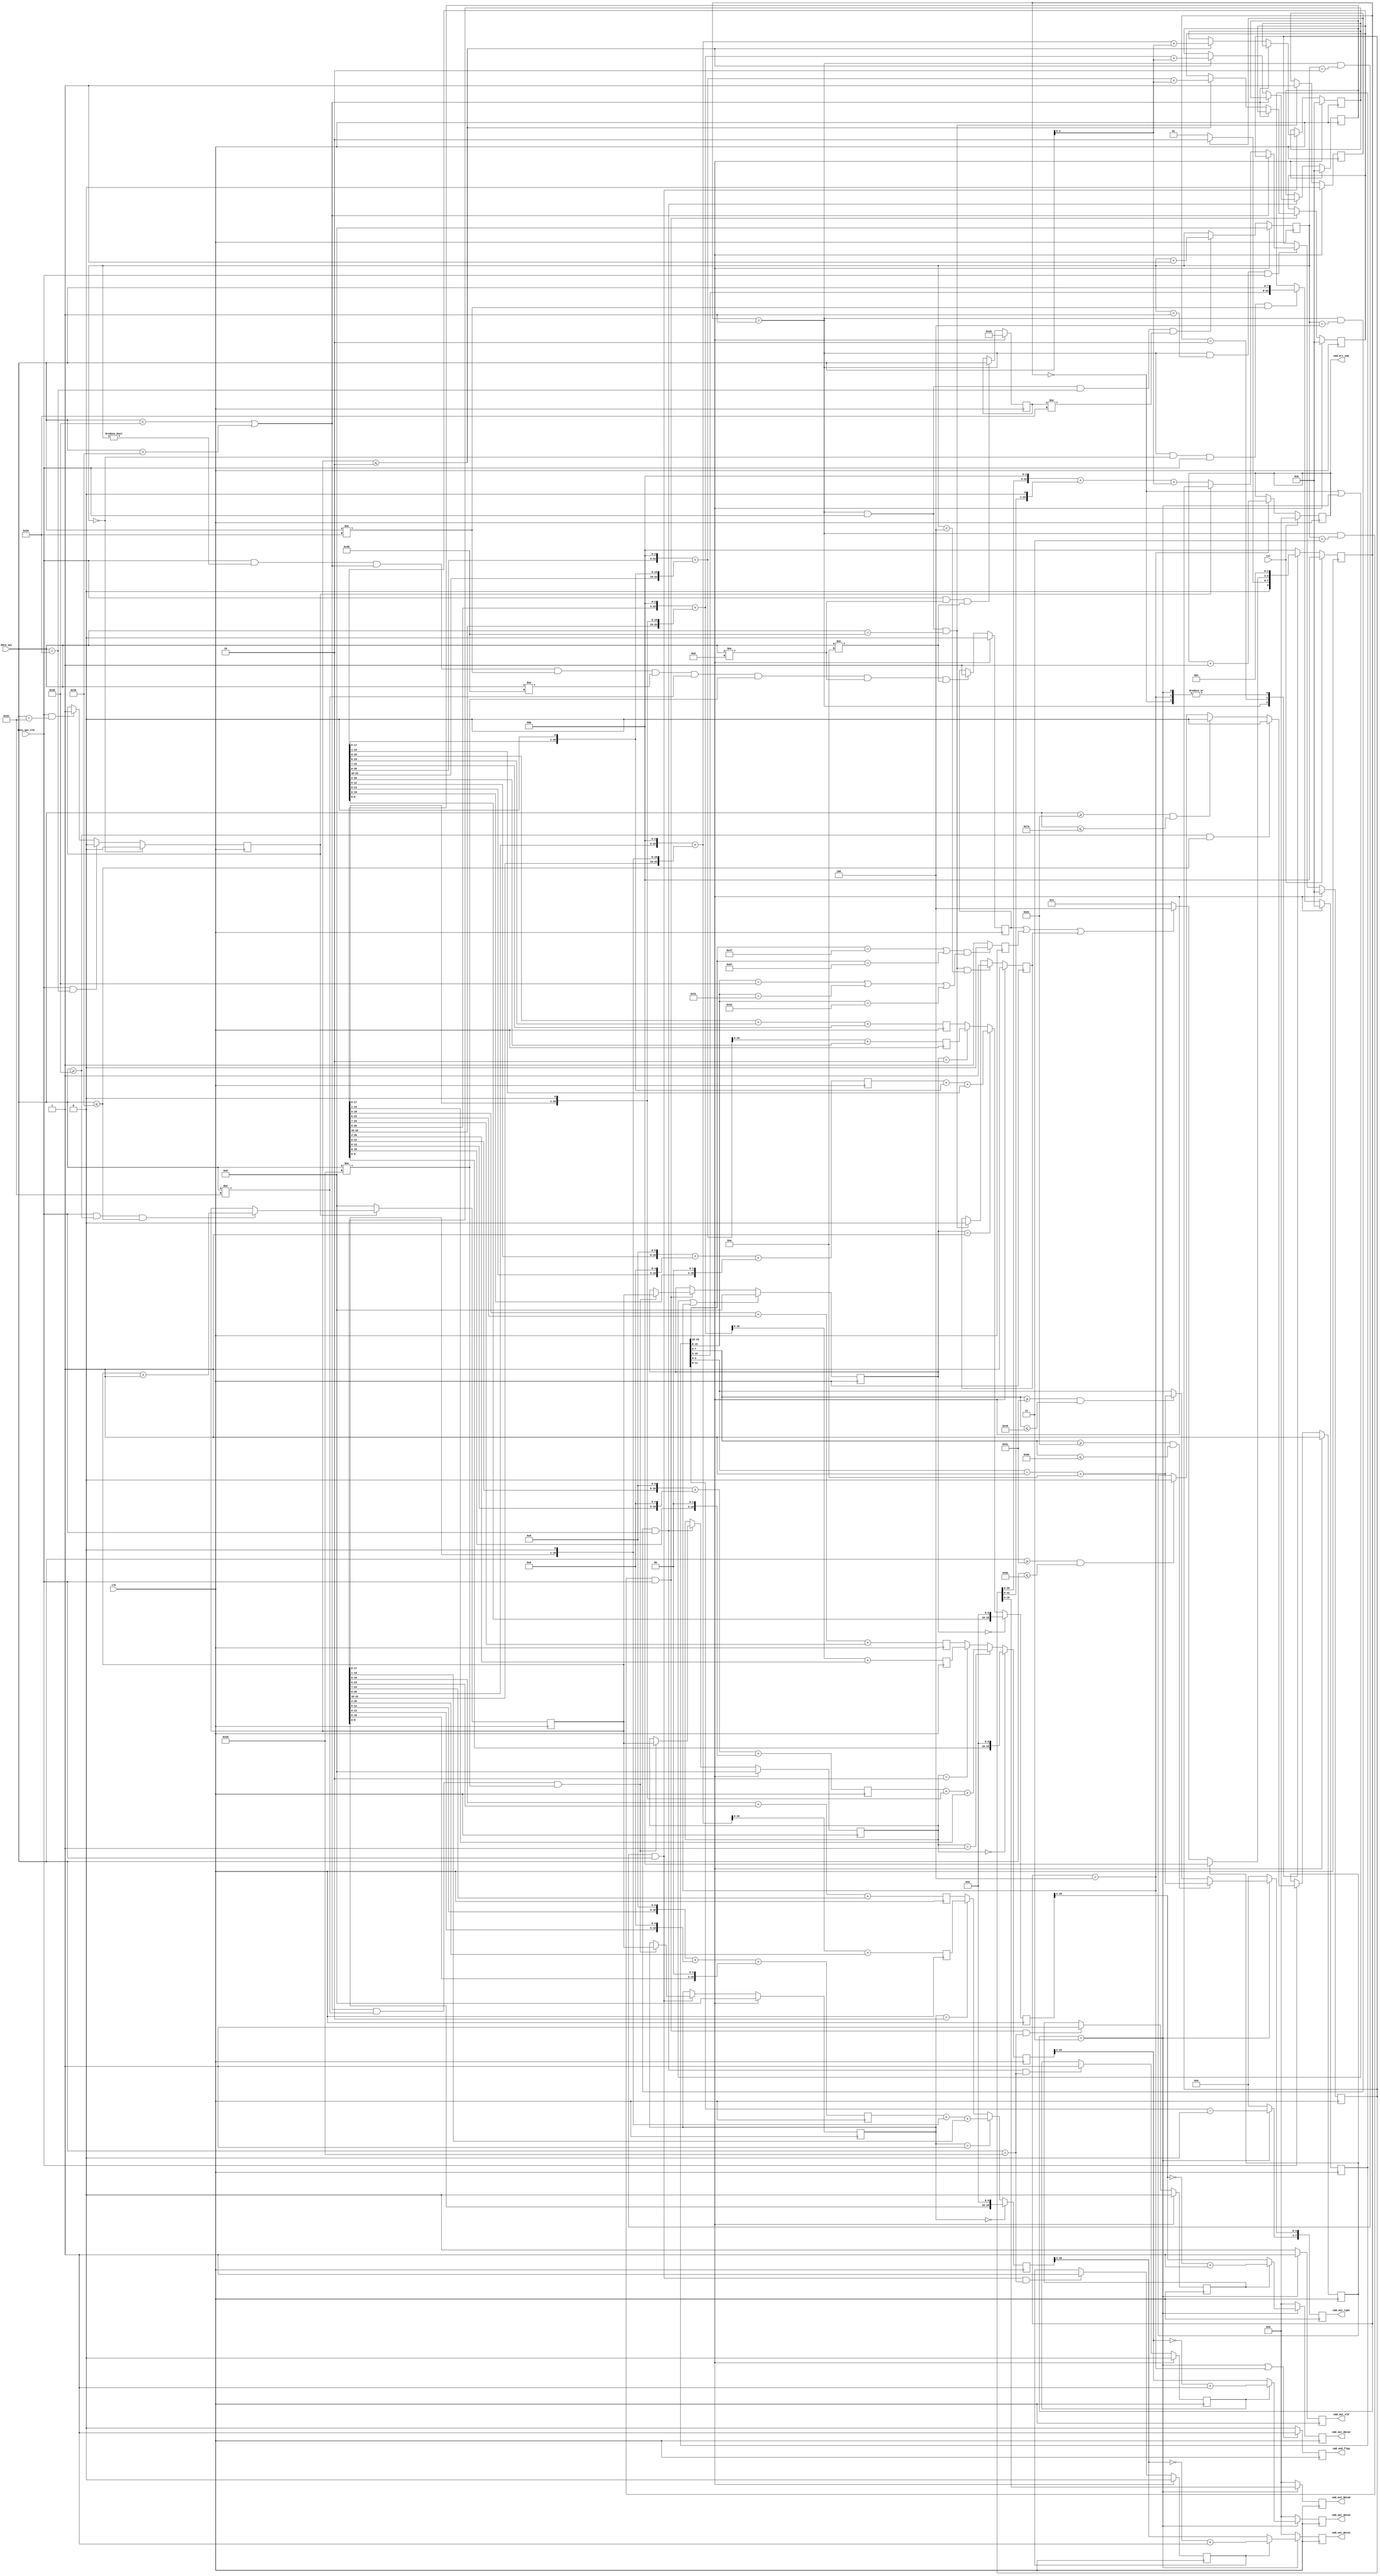
`timescale 1ns / 1ps
//////////////////////////////////////////////////////////////////////////////////
// Module Name: gcode_analysis
// Project Name: caotai_v1_0
// Description: 
//   1.Suport G-CODE type: G0X, G1X, G2X.
// 
// Revision:
// Revision 0.01 - File Created, 2023/10/26 19:29:20
// 
//////////////////////////////////////////////////////////////////////////////////


module gcode_analysis
#(
  parameter                           WID_8          =   8 ,
  parameter                           WID_16         =  16
)
(
  input                               clk                  ,
  input                               rst                  ,
  input      [WID_8             -1:0] data_spi             ,
  input                               data_spi_vld         ,
  // cmd out
  output reg [WID_16            -1:0] cmd_err_num    = 'd0 ,
  output reg                          cmd_end_flag   = 'd0 ,
  output reg                          cmd_out_vld    = 'd0 ,
  output reg [WID_8             -1:0] cmd_out_type   = 'd0 ,
  output reg [WID_16            -1:0] cmd_out_data0  = 'd0 ,
  output reg [WID_16            -1:0] cmd_out_data1  = 'd0 ,
  output reg [WID_16            -1:0] cmd_out_data2  = 'd0 ,
  output reg [WID_16            -1:0] cmd_out_data3  = 'd0
);


localparam                            WID_24         =  24 ;
reg          [WID_8             -1:0] space_cnt      = 'd0 ;
reg          [WID_8             -1:0] data_spi_s0    = 'd0 ; // last data_spi
reg                                   dot_enable     = 'd0 ;
reg          [WID_8             -1:0] dot_cnt        = 'd0 ;
reg          [WID_24            -1:0] cmd_type       = 'd0 ; // 3byte ascii
reg          [WID_24            -1:0] cmd_data0      = 'd0 ; // =ori
reg          [WID_24            -1:0] cmd_data1      = 'd0 ; // =ori*10^(data1_dot)
reg          [WID_24            -1:0] cmd_data2      = 'd0 ;
reg          [WID_24            -1:0] cmd_data3      = 'd0 ;
reg          [WID_24            -1:0] cmd_data1_1024 = 'd0 ; // =ori*1024
reg          [WID_24            -1:0] cmd_data2_1024 = 'd0 ;
reg          [WID_24            -1:0] cmd_data3_1024 = 'd0 ;

reg          [WID_24            -1:0] data1_1_024    = 'd0 ; // =ori*1.024
reg          [WID_24            -1:0] data2_1_024    = 'd0 ;
reg          [WID_24            -1:0] data3_1_024    = 'd0 ;
reg          [WID_24            -1:0] data1_10_24    = 'd0 ; // =ori*1.024
reg          [WID_24            -1:0] data2_10_24    = 'd0 ;
reg          [WID_24            -1:0] data3_10_24    = 'd0 ;
reg          [WID_24            -1:0] data1_100      = 'd0 ; // =ori*1.024
reg          [WID_24            -1:0] data2_100      = 'd0 ;
reg          [WID_24            -1:0] data3_100      = 'd0 ;


reg          [WID_8             -1:0] data1_dot      = 'd0 ;
reg          [WID_8             -1:0] data2_dot      = 'd0 ;
reg          [WID_8             -1:0] data3_dot      = 'd0 ;
reg                                   data1_sign     = 'd0 ;
reg                                   data2_sign     = 'd0 ;
reg                                   data3_sign     = 'd0 ;
reg                                   semi_flag      = 'd0 ;
reg                                   innocent       = 'd0 ;
reg                                   cmd_type_err   = 'd0 ;
reg                                   cmd_char_err   = 'd0 ; // illegal characters
reg                                   cmd_end_err    = 'd0 ; // wrong of ";"
// FSM
localparam                            STATE_W        =   3 ;
reg          [STATE_W           -1:0] curr_state     = 'd0 ;
reg          [STATE_W           -1:0] next_state     = 'd0 ;
localparam                            IDLE           =   0 ;
localparam                            RECV           =   1 ;
localparam                            CHECK          =   2 ;
localparam                            SUCCESS        =   3 ;
localparam                            FAIL           =   4 ;


//******************************************************************
//************************** output data ***************************
//******************************************************************
always @(posedge clk)
begin
  if (rst)
  begin
    cmd_err_num <= 'd0;
  end
  else if (curr_state==FAIL)
  begin
    cmd_err_num <= cmd_err_num + 'd1;
  end
  else
  begin
    cmd_err_num <= cmd_err_num;
  end
end

always @(posedge clk)
begin
  cmd_end_flag <= ((curr_state==SUCCESS) || (curr_state==FAIL)) ? 'd1 : 'd0;
end

always @(posedge clk)
begin
  if (curr_state==SUCCESS)
  begin
    cmd_out_vld <= 'd1;
    cmd_out_type[7:4] <= cmd_type[15: 8] - "0";
    if (cmd_type[7:0]>="a" && cmd_type[7:0]<="f")
    begin
      cmd_out_type[3:0] <= cmd_type[7:0] - "a" + 'd10;
    end
    else if (cmd_type[7:0]>="A" && cmd_type[7:0]<="F")
    begin
      cmd_out_type[3:0] <= cmd_type[7:0] - "A" + 'd10;
    end
    else
    begin
      cmd_out_type[3:0] <= cmd_type[3:0];
    end
    cmd_out_data0 <= cmd_data0[15:0];
    cmd_out_data1 <= data1_sign ? (~cmd_data1_1024[18:3]+'d1) : cmd_data1_1024[18:3];
    cmd_out_data2 <= data2_sign ? (~cmd_data2_1024[18:3]+'d1) : cmd_data2_1024[18:3];
    cmd_out_data3 <= data3_sign ? (~cmd_data3_1024[18:3]+'d1) : cmd_data3_1024[18:3];
  end
  else
  begin
    cmd_out_vld <= 'd0;
    cmd_out_type <= 'd0;
    cmd_out_data0 <= 'd0;
    cmd_out_data1 <= 'd0;
    cmd_out_data2 <= 'd0;
    cmd_out_data3 <= 'd0;
  end
end

always @(posedge clk)
begin
  if (data1_dot=='d0)
  begin
    cmd_data1_1024 <= {cmd_data1,10'b0};
  end
  else if (data1_dot=='d1)
  begin
    cmd_data1_1024 <= data1_100 + {cmd_data1,1'b0} + cmd_data1[WID_24-1:1];
  end
  else if (data1_dot=='d2)
  begin
    cmd_data1_1024 <= data1_10_24;
  end
  else
  begin
    cmd_data1_1024 <= data1_1_024;
  end
end

always @(posedge clk)
begin
  if (data2_dot=='d0)
  begin
    cmd_data2_1024 <= {cmd_data2,10'b0};
  end
  else if (data2_dot=='d1)
  begin
    cmd_data2_1024 <= data2_100 + {cmd_data2,1'b0} + cmd_data2[WID_24-1:1];
  end
  else if (data2_dot=='d2)
  begin
    cmd_data2_1024 <= data2_10_24;
  end
  else
  begin
    cmd_data2_1024 <= data2_1_024;
  end
end

always @(posedge clk)
begin
  if (data3_dot=='d0)
  begin
    cmd_data3_1024 <= {cmd_data3,10'b0}; // *1024
  end
  else if (data3_dot=='d1)
  begin
    cmd_data3_1024 <= data3_100 + {cmd_data3,1'b0} + cmd_data3[WID_24-1:1]; // *102.5
  end
  else if (data3_dot=='d2)
  begin
    cmd_data3_1024 <= data3_10_24; // *10.25
  end
  else
  begin
    cmd_data3_1024 <= data3_1_024; // *1.0234375
  end
end

always @(posedge clk)
begin
  data1_1_024 <= cmd_data1 + cmd_data1[WID_24-1:6] + cmd_data1[WID_24-1:7];
  data2_1_024 <= cmd_data2 + cmd_data2[WID_24-1:6] + cmd_data2[WID_24-1:7];
  data3_1_024 <= cmd_data3 + cmd_data3[WID_24-1:6] + cmd_data3[WID_24-1:7];
  data1_10_24 <= {cmd_data1, 3'b0} + {cmd_data1,1'b0} + cmd_data1[WID_24-1:2];
  data2_10_24 <= {cmd_data2, 3'b0} + {cmd_data2,1'b0} + cmd_data2[WID_24-1:2];
  data3_10_24 <= {cmd_data3, 3'b0} + {cmd_data3,1'b0} + cmd_data3[WID_24-1:2];
  data1_100   <= {cmd_data1, 6'b0} + {cmd_data1,5'b0} + {cmd_data1,2'b0};
  data2_100   <= {cmd_data2, 6'b0} + {cmd_data2,5'b0} + {cmd_data2,2'b0};
  data3_100   <= {cmd_data3, 6'b0} + {cmd_data3,5'b0} + {cmd_data3,2'b0};
end

//******************************************************************
//************************** input cache ***************************
//******************************************************************
always @(posedge clk)
begin
  if ((curr_state==IDLE) || (curr_state==SUCCESS) || (curr_state==FAIL))
  begin
    semi_flag <= 'd0;
  end
  else if ((curr_state==RECV) && (data_spi_vld=='d1) && (data_spi==";"))
  begin
    semi_flag <= 'd1;
  end
  else
  begin
    semi_flag <= semi_flag;
  end
end

always @(posedge clk)
begin
  if ((curr_state==IDLE) || (curr_state==SUCCESS) || (curr_state==FAIL))
  begin
    innocent <= 'd1;
  end
  else if (data_spi_vld=='d1)
  begin
    if ((data_spi>="0") && (data_spi<="9"))
    begin
      innocent <= 'd0;
    end
    else if ((data_spi>="a") && (data_spi<="z"))
    begin
      innocent <= 'd0;
    end
    else if ((data_spi>="A") && (data_spi<="Z"))
    begin
      innocent <= 'd0;
    end
    else
    begin
      innocent <= innocent;
    end
  end
  else
  begin
    innocent <= innocent;
  end
end

always @(posedge clk)
begin
  if (((cmd_type[23:16]=="G") || (cmd_type[23:16]=="g")) &&
      ((cmd_type[15: 8]=="0") || (cmd_type[15: 8]=="1") || (cmd_type[15: 8]=="2")))
  begin
    cmd_type_err <= 'd0;
  end
  else
  begin
    cmd_type_err <= 'd1;
  end
end

always @(posedge clk)
begin
  if ((curr_state==IDLE) || (curr_state==SUCCESS) || (curr_state==FAIL))
  begin
    cmd_char_err <= 'd0;
  end
  else if ((data_spi_vld=='d1) && (space_cnt!='d0) && ((data_spi<"0") || (data_spi>"9")) &&
           (data_spi!=" ") && (data_spi!=";") && (data_spi!=".") && (data_spi!="-") && (data_spi!=8'h0d) && (data_spi!=8'h0a))
  begin
    cmd_char_err <= 'd1;
  end
  else
  begin
    cmd_char_err <= cmd_char_err;
  end
end

always @(posedge clk)
begin
  if ((curr_state==IDLE) || (curr_state==SUCCESS) || (curr_state==FAIL))
  begin
    cmd_end_err <= 'd1;
  end
  else if ((curr_state==RECV) && (data_spi_vld=='d1) && (data_spi==";") && (space_cnt<4))
  begin
    cmd_end_err <= 'd1;
  end
  else if ((curr_state==RECV) && (data_spi_vld=='d1) && (data_spi==";"))
  begin
    cmd_end_err <= 'd0;
  end
  else
  begin
    cmd_end_err <= cmd_end_err;
  end
end

always @(posedge clk)
begin
  if ((curr_state==IDLE) || (curr_state==SUCCESS) || (curr_state==FAIL))
  begin
    cmd_type <= 'd0;
  end
  else if ((curr_state==RECV) && (space_cnt=='d0) && (data_spi_vld=='d1) && (data_spi!=" "))
  begin
    cmd_type <= {cmd_type[WID_24-WID_8-1:0], data_spi};
  end
  else
  begin
    cmd_type <= cmd_type;
  end
end

always @(posedge clk)
begin
  if ((curr_state==IDLE) || (curr_state==SUCCESS) || (curr_state==FAIL))
  begin
    cmd_data0 <= 'd0;
  end
  else if ((curr_state==RECV) && (space_cnt=='d1) && (data_spi_vld=='d1))
  begin
    if ((data_spi<"0") || (data_spi>"9"))
    begin
      cmd_data0 <=  cmd_data0;
    end
    else if (dot_enable=='d0)
    begin
      cmd_data0 <= {cmd_data0,3'b0} + {cmd_data0,1'b0} + data_spi[3:0];
    end
    else
    begin
      cmd_data0 <=  cmd_data0;
    end
  end
  else
  begin
    cmd_data0 <= cmd_data0;
  end
end

always @(posedge clk)
begin
  if ((curr_state==IDLE) || (curr_state==SUCCESS) || (curr_state==FAIL))
  begin
    cmd_data1 <= 'd0;
  end
  else if ((curr_state==RECV) && (space_cnt=='d2) && (data_spi_vld=='d1))
  begin
    if ((data_spi<"0") || (data_spi>"9"))
    begin
      cmd_data1 <=  cmd_data1;
    end
    else if (dot_cnt<='d2) // 0,1,2
    begin
      cmd_data1 <= {cmd_data1,3'b0} + {cmd_data1,1'b0} + data_spi[3:0];
    end
    else
    begin
      cmd_data1 <=  cmd_data1;
    end
  end
  else
  begin
    cmd_data1 <= cmd_data1;
  end
end

always @(posedge clk)
begin
  if ((curr_state==IDLE) || (curr_state==SUCCESS) || (curr_state==FAIL))
  begin
    cmd_data2 <= 'd0;
  end
  else if ((curr_state==RECV) && (space_cnt=='d3) && (data_spi_vld=='d1))
  begin
    if ((data_spi<"0") || (data_spi>"9"))
    begin
      cmd_data2 <=  cmd_data2;
    end
    else if (dot_cnt<='d2) // 0,1,2
    begin
      cmd_data2 <= {cmd_data2,3'b0} + {cmd_data2,1'b0} + data_spi[3:0];
    end
    else
    begin
      cmd_data2 <=  cmd_data2;
    end
  end
  else
  begin
    cmd_data2 <= cmd_data2;
  end
end

always @(posedge clk)
begin
  if ((curr_state==IDLE) || (curr_state==SUCCESS) || (curr_state==FAIL))
  begin
    cmd_data3 <= 'd0;
  end
  else if ((curr_state==RECV) && (space_cnt=='d4) && (data_spi_vld=='d1))
  begin
    if ((data_spi<"0") || (data_spi>"9"))
    begin
      cmd_data3 <=  cmd_data3;
    end
    else if (dot_cnt<='d2) // 0,1,2
    begin
      cmd_data3 <= {cmd_data3,3'b0} + {cmd_data3,1'b0} + data_spi[3:0];
    end
    else
    begin
      cmd_data3 <=  cmd_data3;
    end
  end
  else
  begin
    cmd_data3 <= cmd_data3;
  end
end

always @(posedge clk)
begin
  if ((curr_state==IDLE) || (curr_state==SUCCESS) || (curr_state==FAIL))
  begin
    data1_dot <= 'd0;
  end
  else if ((curr_state==RECV) && (space_cnt=='d2) && (data_spi_vld=='d1))
  begin
    if (((data_spi<"0") || (data_spi>"9")) && (data_spi!=".") && (data_spi!="-"))
    begin
      data1_dot <= dot_cnt;
    end
    else
    begin
      data1_dot <= data1_dot;
    end
  end
  else
  begin
    data1_dot <= data1_dot;
  end
end

always @(posedge clk)
begin
  if ((curr_state==IDLE) || (curr_state==SUCCESS) || (curr_state==FAIL))
  begin
    data2_dot <= 'd0;
  end
  else if ((curr_state==RECV) && (space_cnt=='d3) && (data_spi_vld=='d1))
  begin
    if (((data_spi<"0") || (data_spi>"9")) && (data_spi!=".") && (data_spi!="-"))
    begin
      data2_dot <= dot_cnt;
    end
    else
    begin
      data2_dot <= data2_dot;
    end
  end
  else
  begin
    data2_dot <= data2_dot;
  end
end

always @(posedge clk)
begin
  if ((curr_state==IDLE) || (curr_state==SUCCESS) || (curr_state==FAIL))
  begin
    data3_dot <= 'd0;
  end
  else if ((curr_state==RECV) && (space_cnt=='d4) && (data_spi_vld=='d1))
  begin
    if (((data_spi<"0") || (data_spi>"9")) && (data_spi!=".") && (data_spi!="-"))
    begin
      data3_dot <= dot_cnt;
    end
    else
    begin
      data3_dot <= data3_dot;
    end
  end
  else
  begin
    data3_dot <= data3_dot;
  end
end

always @(posedge clk)
begin
  if ((curr_state==IDLE) || (curr_state==SUCCESS) || (curr_state==FAIL))
  begin
    data1_sign <= 'd0;
  end
  else if ((curr_state==RECV) && (space_cnt=='d2) && (data_spi_vld=='d1) && (data_spi=="-"))
  begin
    data1_sign <= 'd1;
  end
  else
  begin
    data1_sign <= data1_sign;
  end
end

always @(posedge clk)
begin
  if ((curr_state==IDLE) || (curr_state==SUCCESS) || (curr_state==FAIL))
  begin
    data2_sign <= 'd0;
  end
  else if ((curr_state==RECV) && (space_cnt=='d3) && (data_spi_vld=='d1) && (data_spi=="-"))
  begin
    data2_sign <= 'd1;
  end
  else
  begin
    data2_sign <= data2_sign;
  end
end

always @(posedge clk)
begin
  if ((curr_state==IDLE) || (curr_state==SUCCESS) || (curr_state==FAIL))
  begin
    data3_sign <= 'd0;
  end
  else if ((curr_state==RECV) && (space_cnt=='d4) && (data_spi_vld=='d1) && (data_spi=="-"))
  begin
    data3_sign <= 'd1;
  end
  else
  begin
    data3_sign <= data3_sign;
  end
end

always @(posedge clk)
begin
  if ((curr_state==IDLE) || (curr_state==SUCCESS) || (curr_state==FAIL))
  begin
    space_cnt <= 'd0;
  end
  else if ((curr_state==RECV) && (data_spi_vld=='d1) && (data_spi==" ") && (data_spi_s0!=" "))
  begin
    space_cnt <= space_cnt + 'd1;
  end
  else
  begin
    space_cnt <= space_cnt;
  end
end

always @(posedge clk)
begin
  if ((curr_state==IDLE) || (curr_state==SUCCESS) || (curr_state==FAIL))
  begin
    data_spi_s0 <= " ";
  end
  else if ((data_spi_vld=='d1) && (data_spi!='h0d) && (data_spi!='h0a))
  begin
    data_spi_s0 <= data_spi;
  end
  else
  begin
    data_spi_s0 <= data_spi_s0;
  end
end

always @(posedge clk)
begin
  if (space_cnt=='d0)
  begin
    dot_enable <= 'd0;
  end
  else if ((data_spi_vld=='d1) && (data_spi==" "))
  begin
    dot_enable <= 'd0;
  end
  else if ((data_spi_vld=='d1) && (data_spi=="."))
  begin
    dot_enable <= 'd1;
  end
  else
  begin
    dot_enable <= dot_enable;
  end
end

always @(posedge clk)
begin
  if (dot_enable=='d0)
  begin
    dot_cnt <= 'd0;
  end
  else if ((data_spi_vld) && (data_spi>="0") && (data_spi<="9"))
  begin
    dot_cnt <= dot_cnt + 'd1;
  end
  else
  begin
    dot_cnt <= dot_cnt;
  end
end

//******************************************************************
//****************************** FSM *******************************
//******************************************************************
always @(posedge clk)
begin
  if (rst)
  begin
    curr_state <= IDLE;
  end
  else
  begin
    curr_state <= next_state;
  end
end

always @(*)
begin
  case (curr_state)
    IDLE :
    begin
      next_state = RECV;
    end
    RECV :
    begin
      next_state = semi_flag ? CHECK : RECV;
    end
    CHECK :
    begin
      next_state = innocent ? IDLE : ((cmd_char_err || cmd_type_err || cmd_end_err) ? FAIL : SUCCESS);
    end
    SUCCESS :
    begin
      next_state = RECV;
    end
    FAIL :
    begin
      next_state = RECV;
    end
    default :
    begin
      next_state = IDLE;
    end
  endcase
end

endmodule